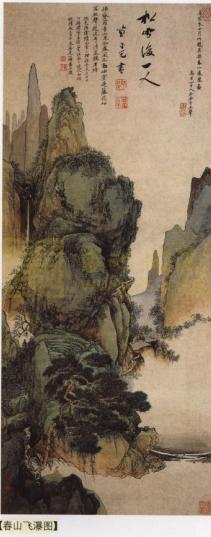
春山碧树秋重绿，人在武陵溪。